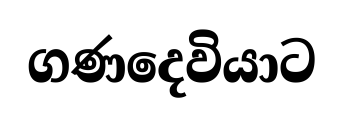
ගණදෙවියාට